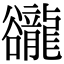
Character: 豅